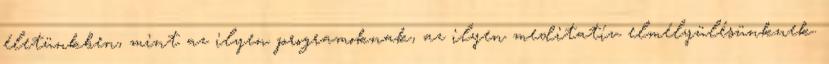
életünkben, mint az ilyen programoknak, az ilyen meditatív elmélyülésünknek.